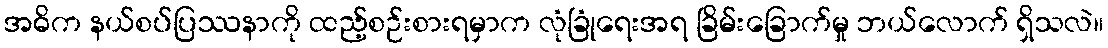
အဓိက နယ်စပ်ပြဿနာကို ထည့်စဉ်းစားရမှာက လုံခြုံရေးအရ ခြိမ်းခြောက်မှု ဘယ်လောက် ရှိသလဲ။